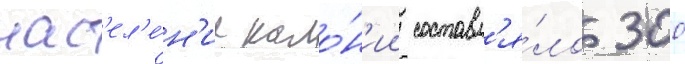
нас'ел'е́н'ие коло́н'ии составл'я́ло 300